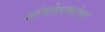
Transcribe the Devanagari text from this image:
आंदोलकांवर